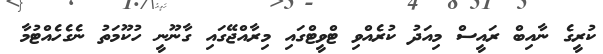
ކުރީގެ ނާއިބް ރައީސް މިއަދު ކުރެއްވި ޓްވީޓްގައި މިރާއްޖޭގައި ގާނޫނީ ހުކޫމަތު ނެގެހެއްޓުމާ